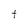
Character: t